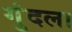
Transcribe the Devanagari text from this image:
गुंदला